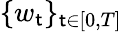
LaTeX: \{ w_{\mathsf{t}}\} _{\mathsf{t}\in[0,T]}